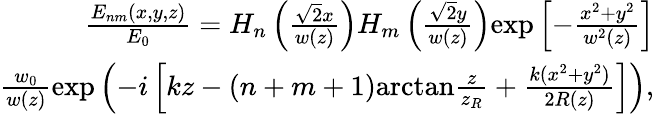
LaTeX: \begin{array}{r}{\frac{E_{nm}(x,y,z)}{E_{0}}=H_{n}\left(\frac{\sqrt{2}x}{w(z)}\right)H_{m}\left(\frac{\sqrt{2}y}{w(z)}\right)\mathrm{exp}\left[-\frac{x^{2}+y^{2}}{w^{2}(z)}\right]}\\ {\frac{w_{0}}{w(z)}\mathrm{exp}\left(-i\left[kz-(n+m+1)\mathrm{arctan}\frac{z}{z_{R}}+\frac{k(x^{2}+y^{2})}{2R(z)}\right]\right),}\end{array}